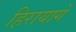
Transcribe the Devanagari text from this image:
हिरायागे